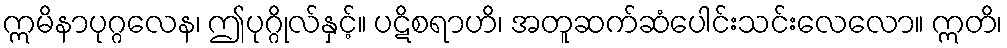
ဣမိနာပုဂ္ဂလေန၊ ဤပုဂ္ဂိုလ်နှင့်။ ပဋိစရာဟိ၊ အတူဆက်ဆံပေါင်းသင်းလေလော။ ဣတိ၊